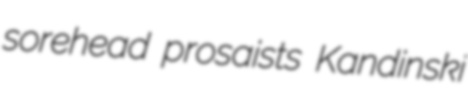
sorehead prosaists Kandinski